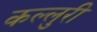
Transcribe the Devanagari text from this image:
कल्लुरी